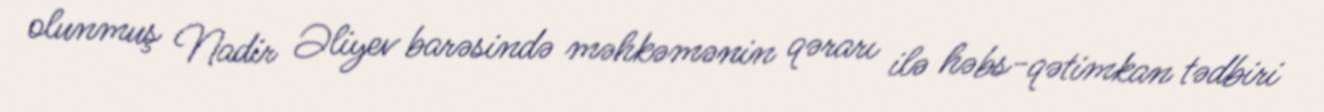
olunmuş Nadir Əliyev barəsində məhkəmənin qərarı ilə həbs-qətimkan tədbiri